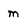
Character: m